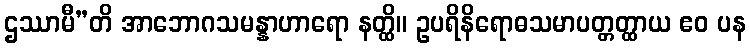
ဌဿာမီ”တိ အာဘောဂသမန္နာဟာရော နတ္ထိ။ ဥပရိနိရောဓသမာပတ္တတ္ထာယ ဧဝ ပန